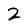
Character: 2